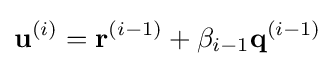
{\mathbf {u}}^{(i)}={\mathbf {r}}^{(i-1)}+\beta _{i-1}{\mathbf {q}}^{(i-1)}